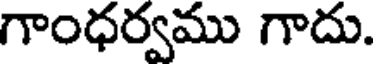
గాంధర్వము గాదు.